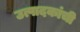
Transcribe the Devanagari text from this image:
उत्पादकांची